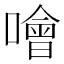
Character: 噲